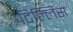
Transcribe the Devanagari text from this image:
टिल्लिस